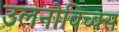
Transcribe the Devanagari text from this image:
उलनोविच्क्स